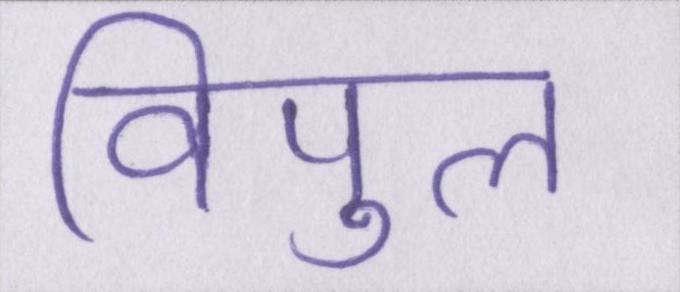
विपुल